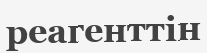
реагенттін